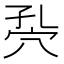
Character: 𥤾